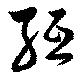
紙